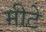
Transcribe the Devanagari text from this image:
मीटे